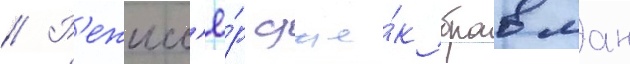
// Р'ежисс'ё́р дже́к бравман